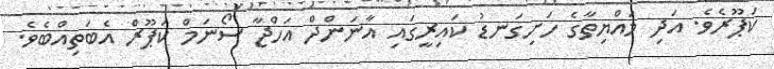
ކަޕޫރެވެ. އަދި މައްޔިތާގެ ހަށިގަނޑު ކައިރީގައި އާނަންދް އަހްޖާ ސޯނަމް ކަޕޫރް އެބަތިއްބެވެ.